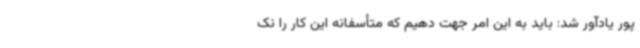
پور یادآور شد: باید به این امر جهت دهیم که متأسفانه این کار را نک